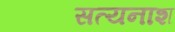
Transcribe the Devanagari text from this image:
सत्यनाश